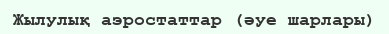
Жылулық аэростаттар (әуе шарлары)